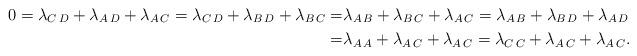
LaTeX: \begin{align*}0 = \lambda_{C\,D} + \lambda_{A\, D} + \lambda_{A\,C} = \lambda_{C\,D} + \lambda_{B\,D} + \lambda_{B\,C} = &\lambda_{A\,B} + \lambda_{B\, C} + \lambda_{A\,C} = \lambda_{A\,B} +\lambda_{B\,D}+\lambda_{A\,D}\\= &\lambda_{A\,A} +\lambda_{A\,C}+\lambda_{A\,C} = \lambda_{C\,C} + \lambda_{A\,C} + \lambda_{A\,C}.\end{align*}